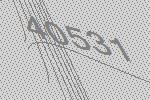
40531